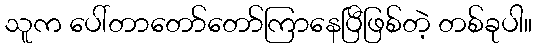
သူက ပေါ်တာတော်တော်ကြာနေပြီဖြစ်တဲ့ တစ်ခုပါ။